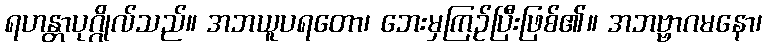
ရဟန္တာပုဂ္ဂိုလ်သည်။ အဘယူပရတော၊ ဘေးမှကြဉ်ပြီးဖြစ်၏။ အဘဗ္ဗာဂမနော၊